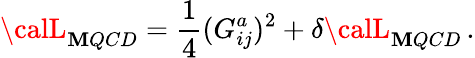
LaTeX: {\calL}_{\mathbf{M}QCD}={\frac{{1}}{{4}}}(G_{ij}^{a})^{2}+\delta{\calL}_{\mathbf{M}QCD}\, .